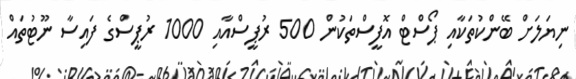
ނިޔަލަށް ބޭންކުތަކާއި ޕޯސްޓް އޮފީސްތަކުން 500 ރުޕީސްއާއި 1000 ރުޕީސްގެ ފައިސާ ނޫޓުތައް